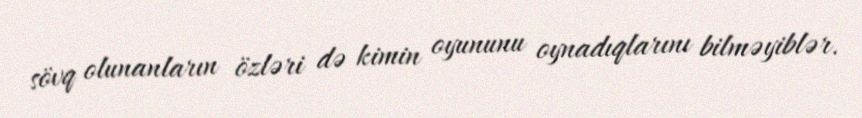
sövq olunanların özləri də kimin oyununu oynadıqlarını bilməyiblər.